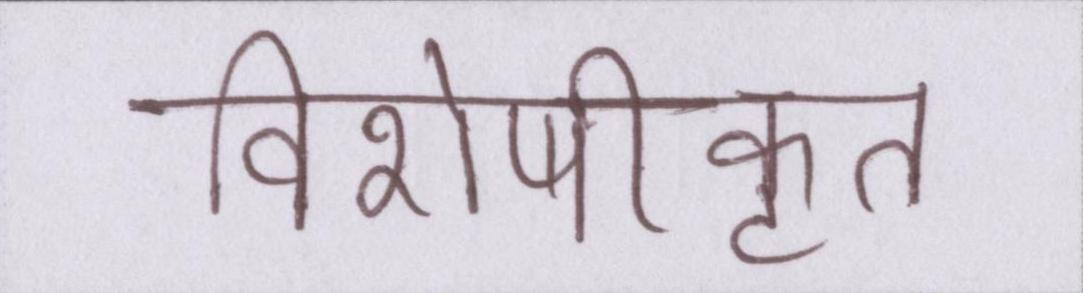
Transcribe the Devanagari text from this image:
विशेषीकृत